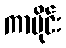
ကာမိုင်း